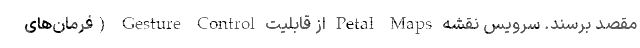
مقصد برسند. سرویس نقشه Petal Maps از قابلیت Gesture Control (فرمان‌های